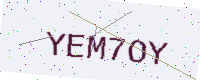
Text: YEM7OY